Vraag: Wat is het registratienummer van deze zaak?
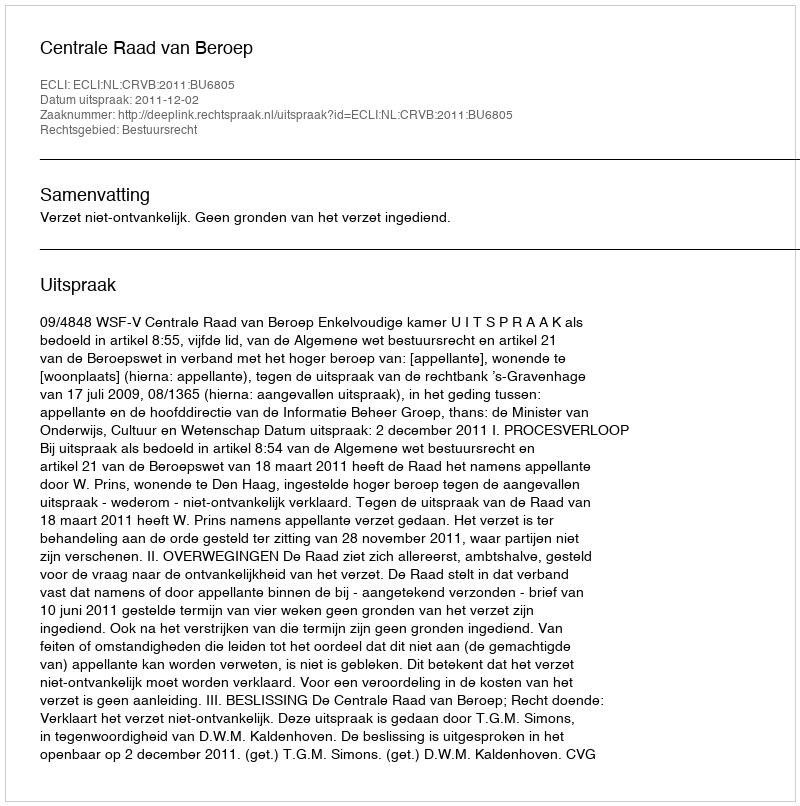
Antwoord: http://deeplink.rechtspraak.nl/uitspraak?id=ECLI:NL:CRVB:2011:BU6805